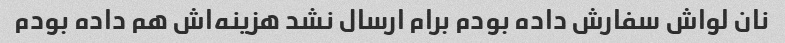
نان لواش سفارش داده بودم برام ارسال نشد هزینه‌اش هم داده بودم